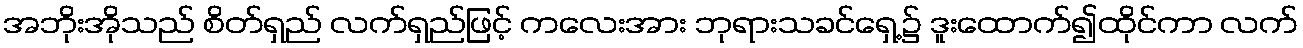
အဘိုးအိုသည် စိတ်ရှည် လက်ရှည်ဖြင့် ကလေးအား ဘုရားသခင်ရှေ့၌ ဒူးထောက်၍ထိုင်ကာ လက်